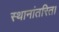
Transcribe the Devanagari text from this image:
स्थानांतरित।